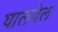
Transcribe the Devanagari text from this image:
घालवेल